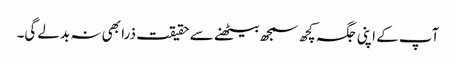
آپ کے اپنی جگہ کچھ سمجھ بیٹھنے سے حقیقت ذرا بھی نہ بدلے گی۔